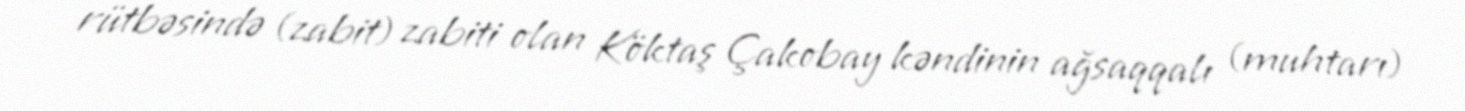
rütbəsində (zabit) zabiti olan Köktaş Çakobay kəndinin ağsaqqalı (muhtarı)